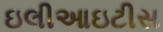
ઇલીઆઇટીસ